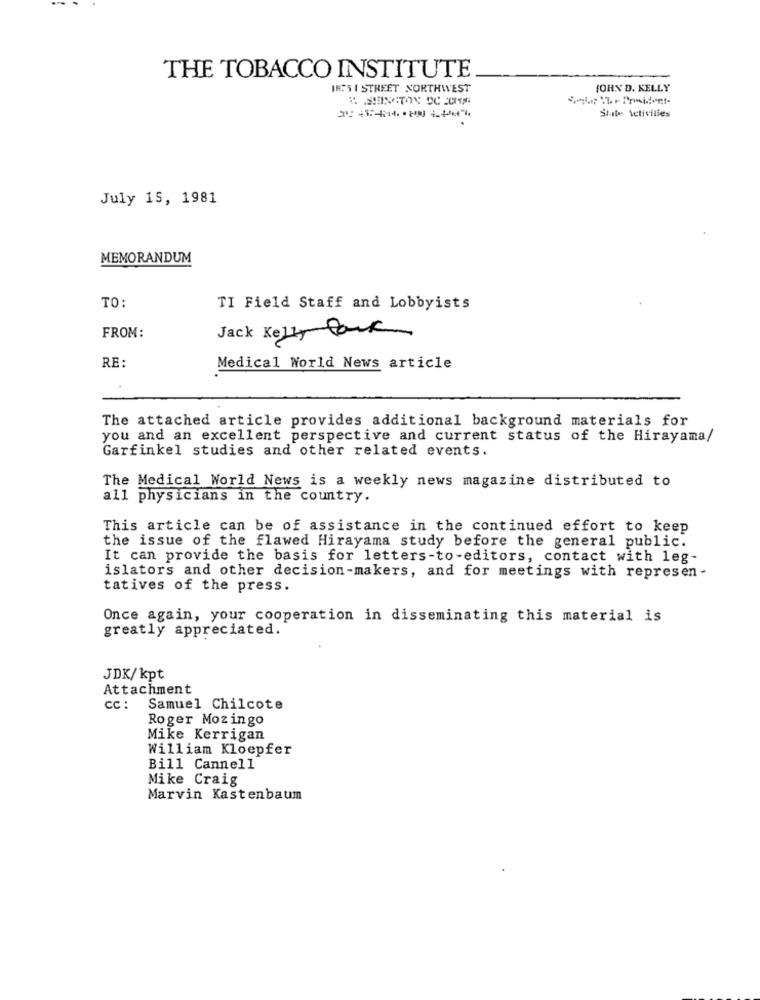
THE TOBACCO INSTITUTE
IR:'S I STREET NORTHWEST
YOHN D. KELLY
State Activities
July 15, 1981
MEMORANDUM
TO:
TI Field Staff and Lobbyists
FROM:
Jack Kelly Park
RE:
Medical World News article
The attached article provides additional background materials for
you and an excellent perspective and current status of the Hirayama/
Garfinkel studies and other related events.
The Medical World News is a weekly news magazine distributed to
all physicians in the country.
This article can be of assistance in the continued effort to keep
the issue of the flawed Hirayama study before the general public.
It can provide the basis for letters-to-editors, contact with leg-
islators and other decision-makers, and for meetings with represen -
tatives of the press.
Once again, your cooperation in disseminating this material is
greatly appreciated.
JDK/kpt
Attachment
cc: Samuel Chilcote
Roger Mozingo
Mike Kerrigan
William Kloepfer
Bill Cannell
Mike Craig
Marvin Kastenbaum